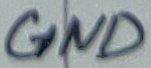
Text: GND